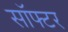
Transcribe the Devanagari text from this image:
सॉफ्टर